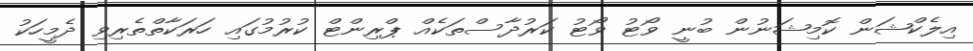
އިލެކްޝަން ކޮމިޝަނުން ބުނީ ވޯޓު ވޯޓު ކަރުދާސްތަކެއް ޕްރިންޓް ކުރުމުގައި ހަރަކާތްތެރިވި ދެމީހަކު